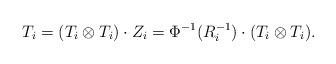
LaTeX: \begin{align*}T_i=(T_i\otimes T_i)\cdot Z_i=\Phi^{-1}(R_i^{-1})\cdot (T_i\otimes T_i).\end{align*}